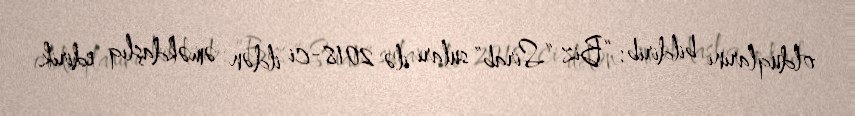
olduqlarını bildirib: “Biz “Sirab” suları ilə 2018-ci ildən əməkdaşlıq edirik.